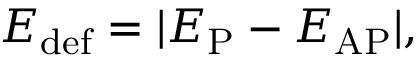
E _ { \mathrm { d e f } } = | E _ { \mathrm { P } } - E _ { \mathrm { A P } } | ,